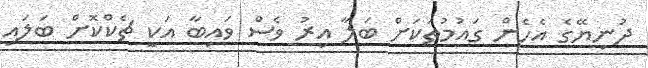
ދުނިޔޭގެ އެހެން ގައުމުތަކަށް ބަލާ އިރު ވެސް ވައިބާ އަކީ ޗެކްކޮށް ބަލައި